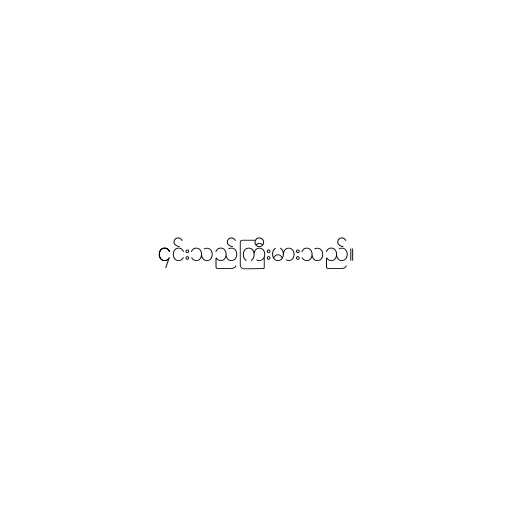
၎င်းသည်ကြီးမားသည်။